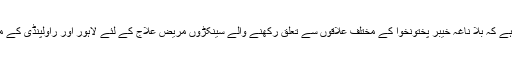
کیا کسی کے پاس اس بات کا جواب ہے کہ بلا ناغہ خیبر پختونخوا کے مختلف علاقوں سے تعلق رکھنے والے سینکڑوں مریض علاج کے لئے لاہور اور راولپنڈی کے مختلف اسپتالوں میں کیوں جاتے ہیں ؟